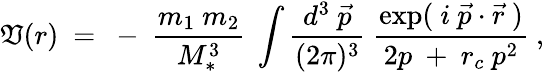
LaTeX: \mathfrak{V}(r)~=~-~{\frac{{m_{1}~m_{2}}}{{M_{*}^{3}}}}~\int{\frac{{d^{3}~\vec{{p}}}}{{(2\pi)^{3}}}}~{\frac{{\exp(~i~\vec{{p}}\cdot\vec{{r}}~)}}{{2p~+~r_{c}~{p}^{2}}}}~,